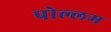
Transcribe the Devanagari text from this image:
पोल्लम